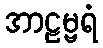
အာဠမ္ဗရံ